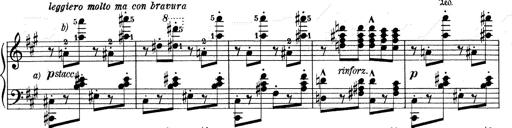
Title: Mephisto Waltz No.1
Composer: Franz Liszt